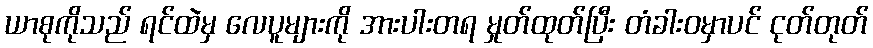
ယာစုကိုသည် ရင်ထဲမှ လေပူများကို အားပါးတရ မှုတ်ထုတ်ပြီး တံခါးဝမှာပင် ငုတ်တုတ်